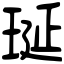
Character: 𤥻